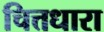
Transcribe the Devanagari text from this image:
चित्तधारा